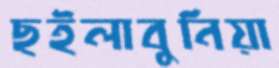
ছইলাবুনিয়া